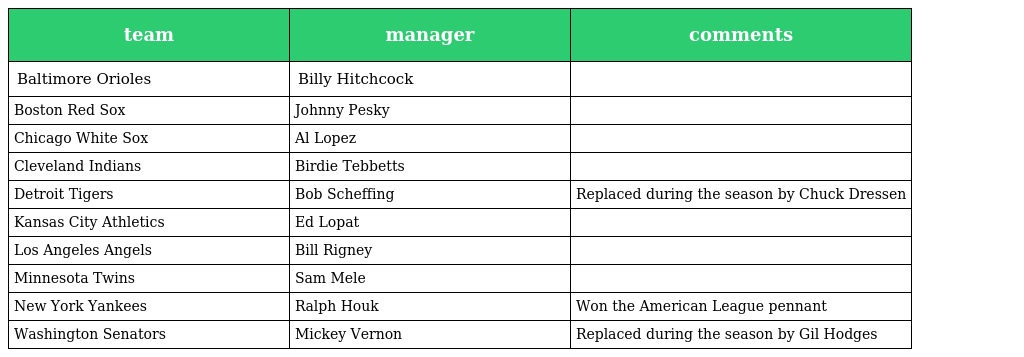
| team | manager | comments |
 | --- | --- | --- |
 | Baltimore Orioles | Billy Hitchcock |  |
 | Boston Red Sox | Johnny Pesky |  |
 | Chicago White Sox | Al Lopez |  |
 | Cleveland Indians | Birdie Tebbetts |  |
 | Detroit Tigers | Bob Scheffing | Replaced during the season by Chuck Dressen |
 | Kansas City Athletics | Ed Lopat |  |
 | Los Angeles Angels | Bill Rigney |  |
 | Minnesota Twins | Sam Mele |  |
 | New York Yankees | Ralph Houk | Won the American League pennant |
 | Washington Senators | Mickey Vernon | Replaced during the season by Gil Hodges |